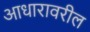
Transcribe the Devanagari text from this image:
आधारावरील